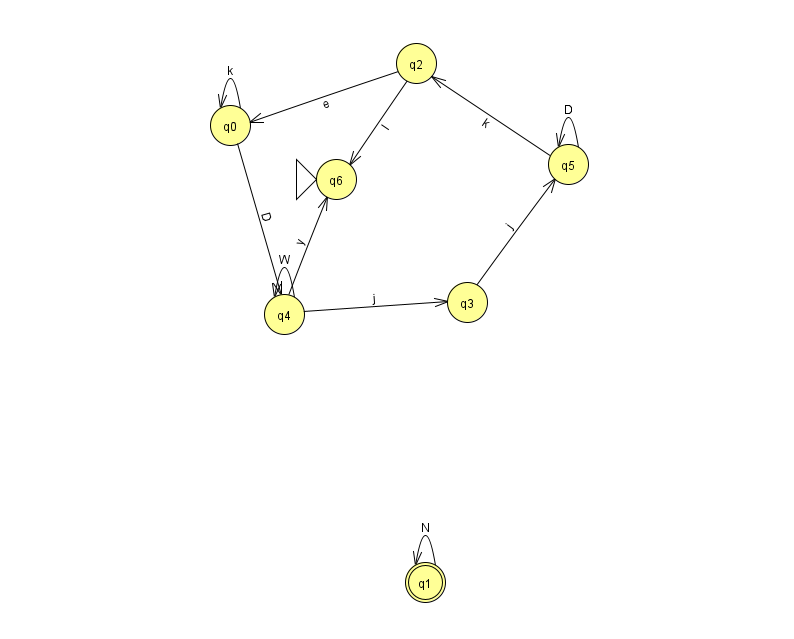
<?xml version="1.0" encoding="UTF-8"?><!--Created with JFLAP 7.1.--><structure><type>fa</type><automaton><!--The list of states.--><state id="0" name="q0"><x>230.0</x><y>112.0</y></state><state id="1" name="q1"><x>425.0</x><y>569.0</y><final/></state><state id="2" name="q2"><x>416.0</x><y>50.0</y></state><state id="3" name="q3"><x>467.0</x><y>289.0</y></state><state id="4" name="q4"><x>284.0</x><y>301.0</y></state><state id="5" name="q5"><x>568.0</x><y>151.0</y></state><state id="6" name="q6"><x>336.0</x><y>166.0</y><initial/></state><!--The list of transitions.--><transition><from>2</from><to>6</to><read>I</read></transition><transition><from>3</from><to>5</to><read>j</read></transition><transition><from>4</from><to>3</to><read>j</read></transition><transition><from>5</from><to>5</to><read>D</read></transition><transition><from>4</from><to>6</to><read>y</read></transition><transition><from>4</from><to>4</to><read>W</read></transition><transition><from>0</from><to>0</to><read>k</read></transition><transition><from>2</from><to>0</to><read>e</read></transition><transition><from>1</from><to>1</to><read>N</read></transition><transition><from>0</from><to>4</to><read>D</read></transition><transition><from>5</from><to>2</to><read>k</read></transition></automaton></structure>